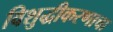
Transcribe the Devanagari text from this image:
विशुद्धीकरणाचा